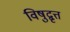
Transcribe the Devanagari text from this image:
विषुद्वृत्त